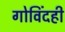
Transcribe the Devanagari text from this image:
गोविंदही